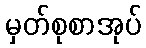
မှတ်စုစာအုပ်